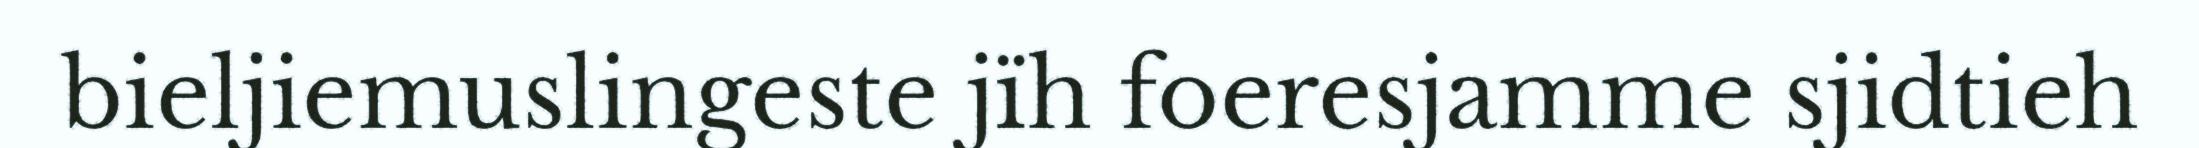
bieljiemuslingeste jïh foeresjamme sjidtieh